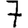
Digit: 7